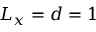
L _ { x } = d = 1